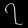
Digit: ၇